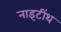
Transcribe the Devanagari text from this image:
नाइटींथ